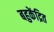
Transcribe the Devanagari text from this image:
बहुकेंद्रित